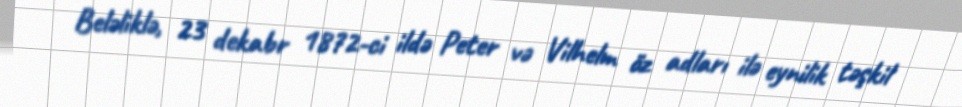
Beləliklə, 23 dekabr 1872-ci ildə Peter və Vilhelm öz adları ilə eynilik təşkil